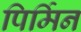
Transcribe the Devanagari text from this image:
पिर्मिन